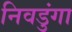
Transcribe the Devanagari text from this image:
निवडुंगा